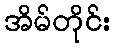
အိမ်တိုင်း